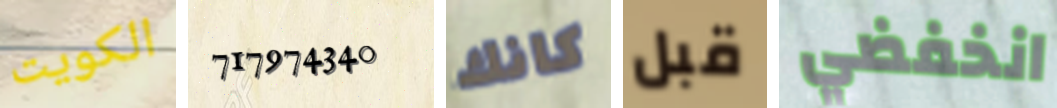
الكويت 717974340 كانك قبل انخفضي